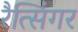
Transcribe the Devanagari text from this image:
रैत्सिंगर